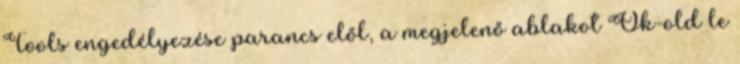
Tools engedélyezése parancs elől, a megjelenő ablakot Ok-old le